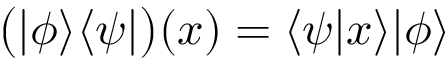
{ \bigl ( } | \phi \rangle \langle \psi | { \bigr ) } ( x ) = \langle \psi | x \rangle | \phi \rangle